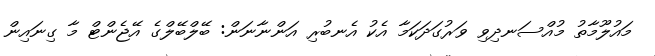
މައުލޫމާތު މުއްސަނދިވި ވަރުގަދަކަމާ އެކު އެނބުރި އަންނާނަން: ބޭލްބޭލްގެ އޭޖެންޓް މާ ގިނައިން